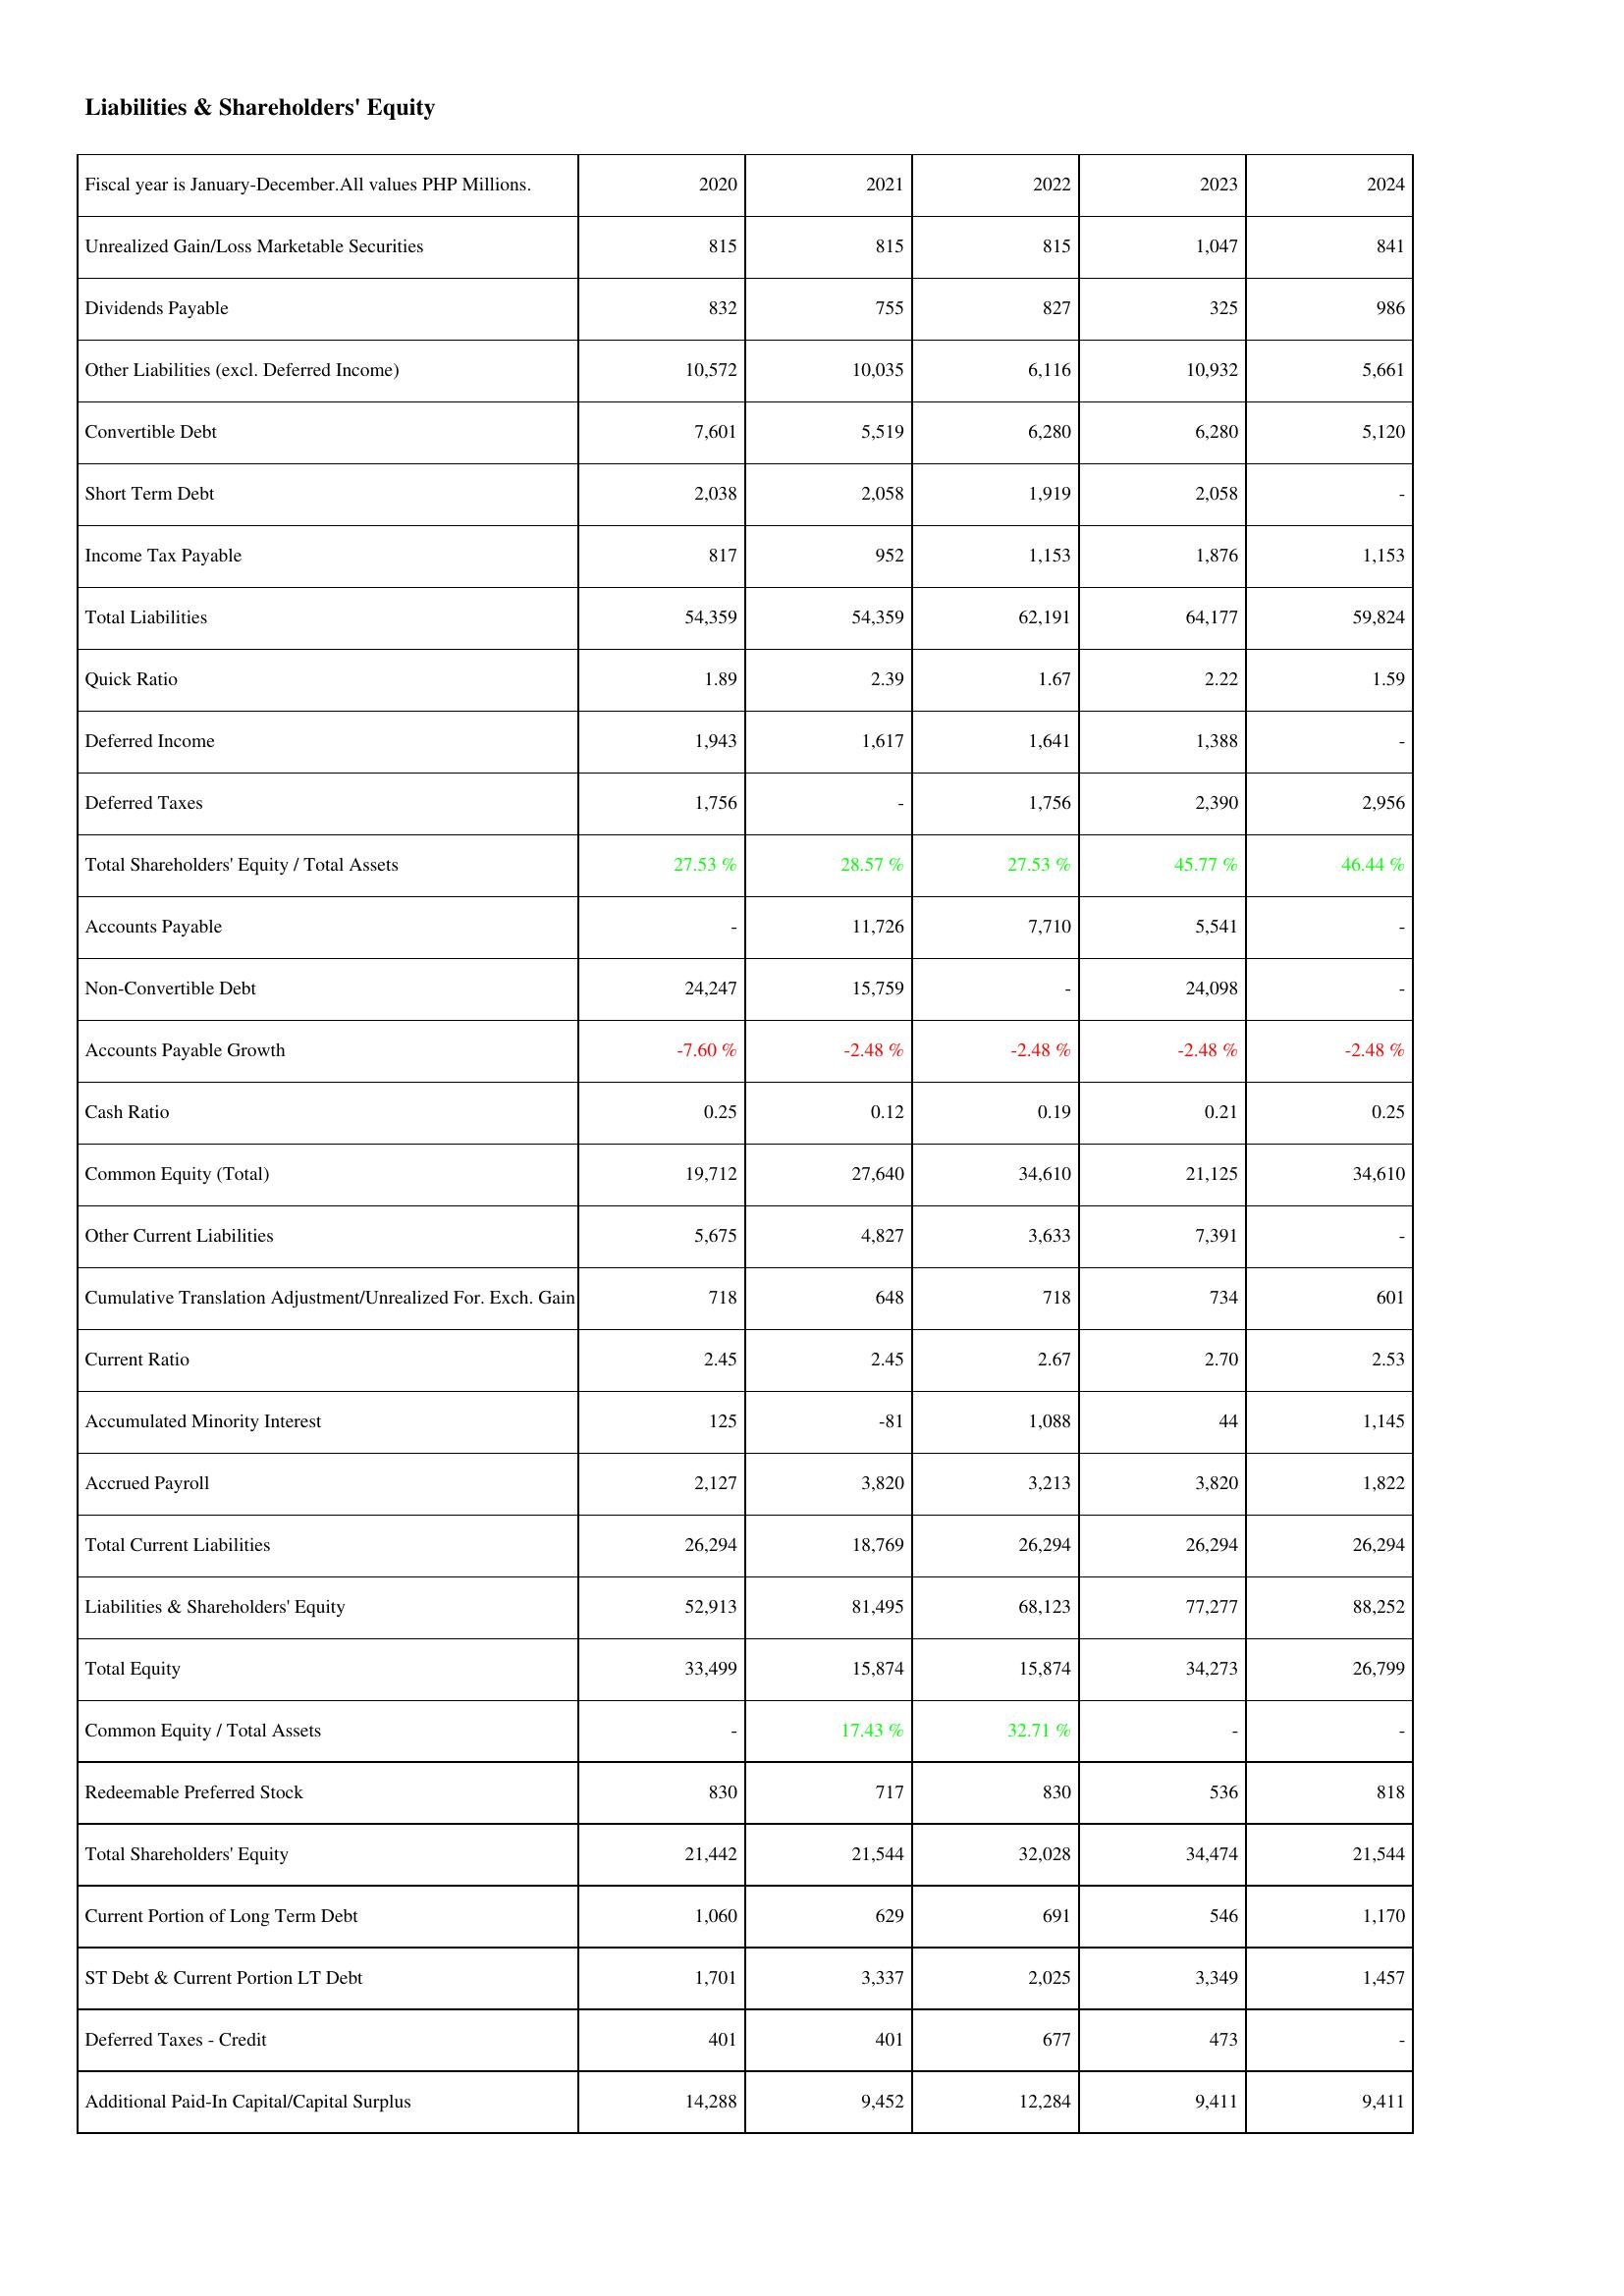
2020: Liabilities & Shareholders' Equity: Unrealized Gain/Loss Marketable Securities: 815
Dividends Payable: 832
Other Liabilities (excl. Deferred Income): 10,572
Convertible Debt: 7,601
Short Term Debt: 2,038
Income Tax Payable: 817
Total Liabilities: 54,359
Quick Ratio: 1.89
Deferred Income: 1,943
Deferred Taxes: 1,756
Total Shareholders' Equity / Total Assets: 27.53 %
Accounts Payable: -
Non-Convertible Debt: 24,247
Accounts Payable Growth: -7.60 %
Cash Ratio: 0.25
Common Equity (Total): 19,712
Other Current Liabilities: 5,675
Cumulative Translation Adjustment/Unrealized For. Exch. Gain: 718
Current Ratio: 2.45
Accumulated Minority Interest: 125
Accrued Payroll: 2,127
Total Current Liabilities: 26,294
Liabilities & Shareholders' Equity: 52,913
Total Equity: 33,499
Common Equity / Total Assets: -
Redeemable Preferred Stock: 830
Total Shareholders' Equity: 21,442
Current Portion of Long Term Debt: 1,060
ST Debt & Current Portion LT Debt: 1,701
Deferred Taxes - Credit: 401
Additional Paid-In Capital/Capital Surplus: 14,288
2021: Liabilities & Shareholders' Equity: Unrealized Gain/Loss Marketable Securities: 815
Dividends Payable: 755
Other Liabilities (excl. Deferred Income): 10,035
Convertible Debt: 5,519
Short Term Debt: 2,058
Income Tax Payable: 952
Total Liabilities: 54,359
Quick Ratio: 2.39
Deferred Income: 1,617
Deferred Taxes: -
Total Shareholders' Equity / Total Assets: 28.57 %
Accounts Payable: 11,726
Non-Convertible Debt: 15,759
Accounts Payable Growth: -2.48 %
Cash Ratio: 0.12
Common Equity (Total): 27,640
Other Current Liabilities: 4,827
Cumulative Translation Adjustment/Unrealized For. Exch. Gain: 648
Current Ratio: 2.45
Accumulated Minority Interest: -81
Accrued Payroll: 3,820
Total Current Liabilities: 18,769
Liabilities & Shareholders' Equity: 81,495
Total Equity: 15,874
Common Equity / Total Assets: 17.43 %
Redeemable Preferred Stock: 717
Total Shareholders' Equity: 21,544
Current Portion of Long Term Debt: 629
ST Debt & Current Portion LT Debt: 3,337
Deferred Taxes - Credit: 401
Additional Paid-In Capital/Capital Surplus: 9,452
2022: Liabilities & Shareholders' Equity: Unrealized Gain/Loss Marketable Securities: 815
Dividends Payable: 827
Other Liabilities (excl. Deferred Income): 6,116
Convertible Debt: 6,280
Short Term Debt: 1,919
Income Tax Payable: 1,153
Total Liabilities: 62,191
Quick Ratio: 1.67
Deferred Income: 1,641
Deferred Taxes: 1,756
Total Shareholders' Equity / Total Assets: 27.53 %
Accounts Payable: 7,710
Non-Convertible Debt: -
Accounts Payable Growth: -2.48 %
Cash Ratio: 0.19
Common Equity (Total): 34,610
Other Current Liabilities: 3,633
Cumulative Translation Adjustment/Unrealized For. Exch. Gain: 718
Current Ratio: 2.67
Accumulated Minority Interest: 1,088
Accrued Payroll: 3,213
Total Current Liabilities: 26,294
Liabilities & Shareholders' Equity: 68,123
Total Equity: 15,874
Common Equity / Total Assets: 32.71 %
Redeemable Preferred Stock: 830
Total Shareholders' Equity: 32,028
Current Portion of Long Term Debt: 691
ST Debt & Current Portion LT Debt: 2,025
Deferred Taxes - Credit: 677
Additional Paid-In Capital/Capital Surplus: 12,284
2023: Liabilities & Shareholders' Equity: Unrealized Gain/Loss Marketable Securities: 1,047
Dividends Payable: 325
Other Liabilities (excl. Deferred Income): 10,932
Convertible Debt: 6,280
Short Term Debt: 2,058
Income Tax Payable: 1,876
Total Liabilities: 64,177
Quick Ratio: 2.22
Deferred Income: 1,388
Deferred Taxes: 2,390
Total Shareholders' Equity / Total Assets: 45.77 %
Accounts Payable: 5,541
Non-Convertible Debt: 24,098
Accounts Payable Growth: -2.48 %
Cash Ratio: 0.21
Common Equity (Total): 21,125
Other Current Liabilities: 7,391
Cumulative Translation Adjustment/Unrealized For. Exch. Gain: 734
Current Ratio: 2.70
Accumulated Minority Interest: 44
Accrued Payroll: 3,820
Total Current Liabilities: 26,294
Liabilities & Shareholders' Equity: 77,277
Total Equity: 34,273
Common Equity / Total Assets: -
Redeemable Preferred Stock: 536
Total Shareholders' Equity: 34,474
Current Portion of Long Term Debt: 546
ST Debt & Current Portion LT Debt: 3,349
Deferred Taxes - Credit: 473
Additional Paid-In Capital/Capital Surplus: 9,411
2024: Liabilities & Shareholders' Equity: Unrealized Gain/Loss Marketable Securities: 841
Dividends Payable: 986
Other Liabilities (excl. Deferred Income): 5,661
Convertible Debt: 5,120
Short Term Debt: -
Income Tax Payable: 1,153
Total Liabilities: 59,824
Quick Ratio: 1.59
Deferred Income: -
Deferred Taxes: 2,956
Total Shareholders' Equity / Total Assets: 46.44 %
Accounts Payable: -
Non-Convertible Debt: -
Accounts Payable Growth: -2.48 %
Cash Ratio: 0.25
Common Equity (Total): 34,610
Other Current Liabilities: -
Cumulative Translation Adjustment/Unrealized For. Exch. Gain: 601
Current Ratio: 2.53
Accumulated Minority Interest: 1,145
Accrued Payroll: 1,822
Total Current Liabilities: 26,294
Liabilities & Shareholders' Equity: 88,252
Total Equity: 26,799
Common Equity / Total Assets: -
Redeemable Preferred Stock: 818
Total Shareholders' Equity: 21,544
Current Portion of Long Term Debt: 1,170
ST Debt & Current Portion LT Debt: 1,457
Deferred Taxes - Credit: -
Additional Paid-In Capital/Capital Surplus: 9,411